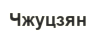
Чжуцзян